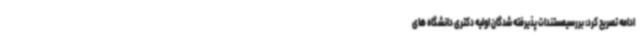
ادامه تصریح کرد: بررسیمستندات پذیرفته شدگان اولیه دکتری دانشگاه های